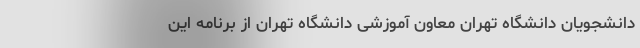
دانشجویان دانشگاه تهران معاون آموزشی دانشگاه تهران از برنامه این